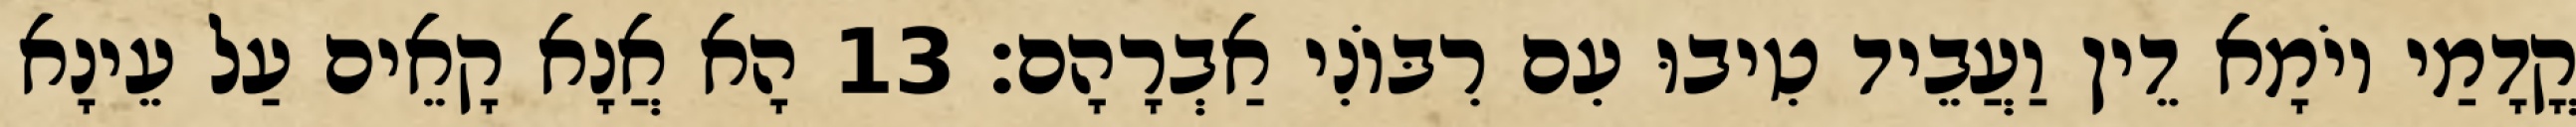
קֳדָמַי יוֹמָא דֵין וַעֲבֵיד טִיבוּ עִם רִבּוֹנִי אַבְרָהָם׃ 13 הָא אֲנָא קָאֵים עַל עֵינָא